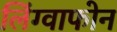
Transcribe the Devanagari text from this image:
लिंग्वाफोन